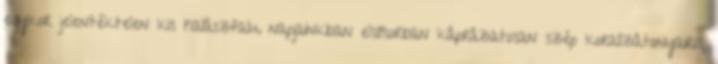
egykor jelentéktelen kis halászfalu napjainkban elsősorban káprázatosan szép korallzátonyairól,